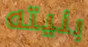
بنيته